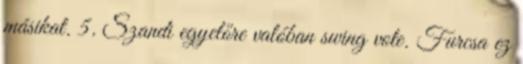
másikat. 5. Szandi egyelőre valóban swing vote. Furcsa ez